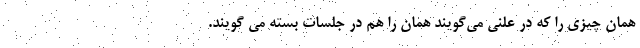
همان چیزی را که در علنی می‌گویند همان را هم در جلسات بسته می گویند.